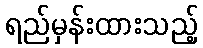
ရည်မှန်းထားသည့်